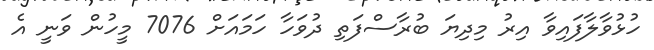
ހުޅުވާލާފައިވާ އިރު މިދިޔަ ބުރާސްފަތި ދުވަހާ ހަމައަށް 7076 މީހުން ވަނީ އެ